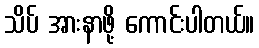
သိပ် အားနာဖို့ ကောင်းပါတယ်။